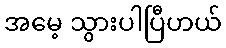
အမေ့ သွားပါပြီဟယ်